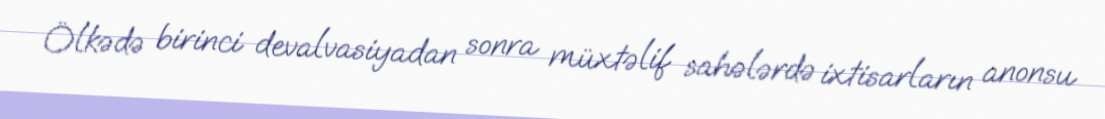
Ölkədə birinci devalvasiyadan sonra müxtəlif sahələrdə ixtisarların anonsu